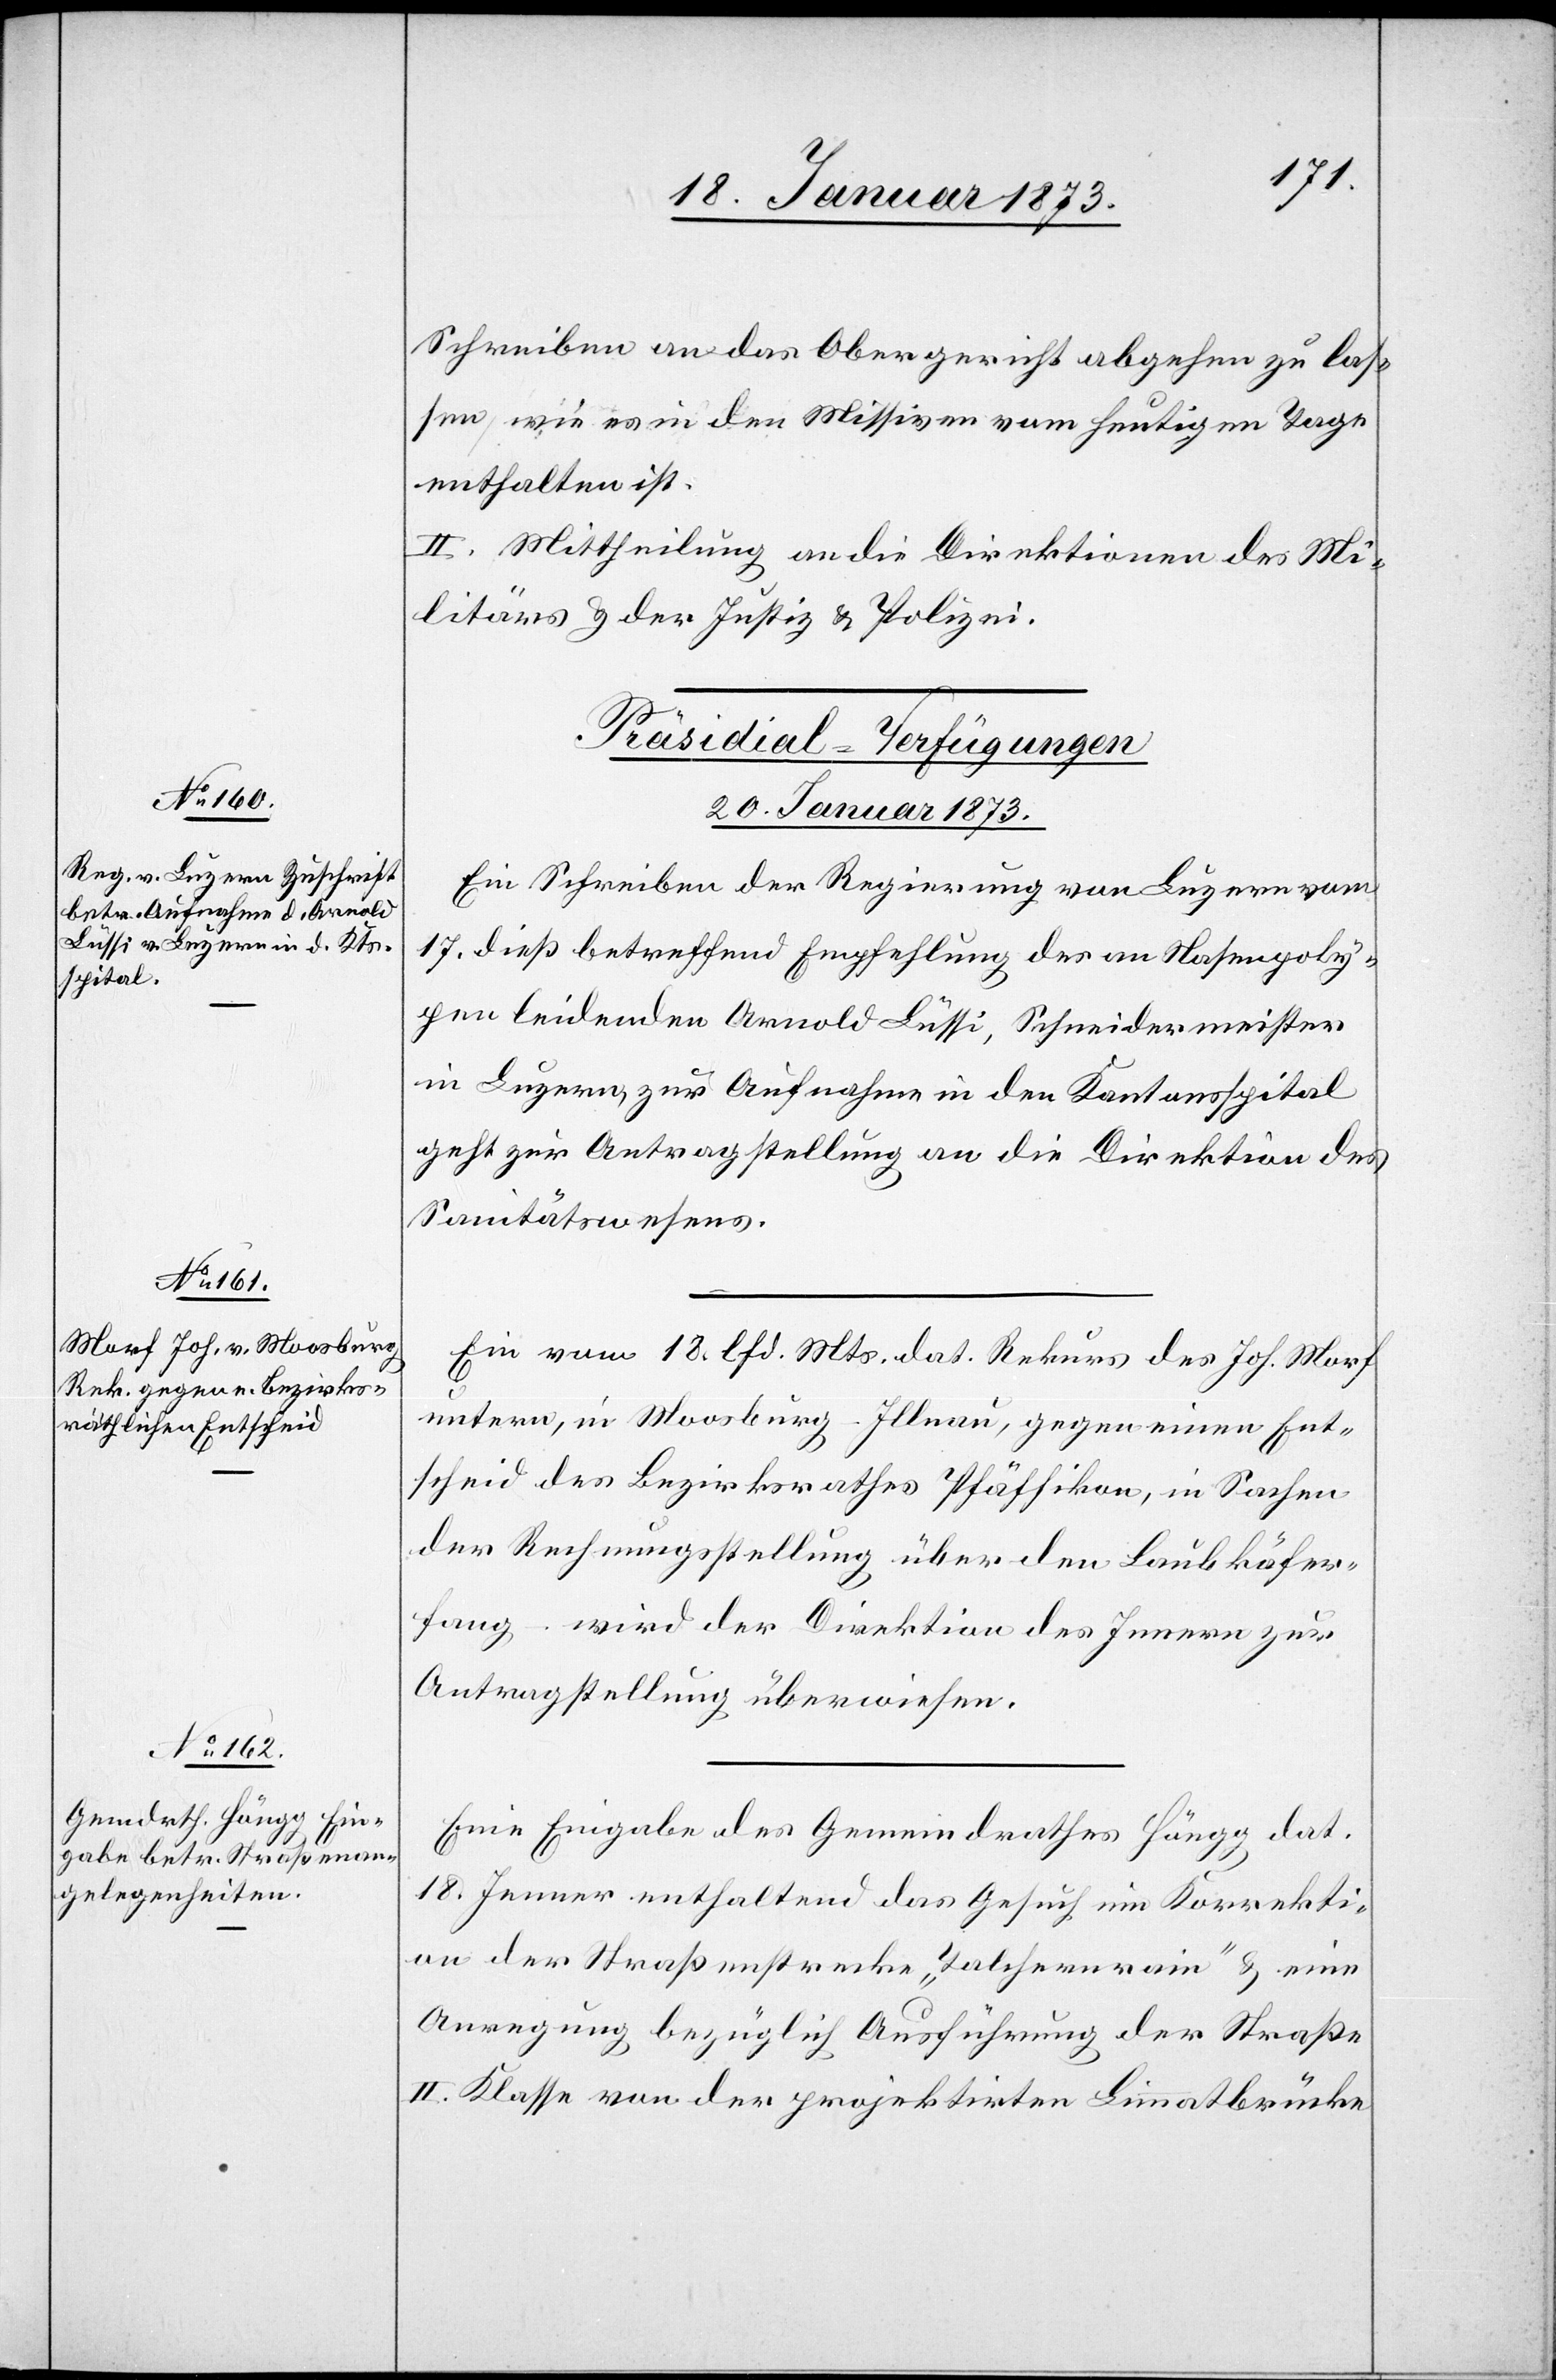
Schreiben an das Obergericht abgehen zu las¬
sen, wie es in den Missiven vom heutigen Tage
enthalten ist.
II. Mittheilung an die Direktionen des Mi¬
litärs u. der Justiz u. Polizei.
[Präsidial-Verfügungen.
20. Januar 1873.]
Ein Schreiben der Regierung von Luzern vom
17. dieß betreffend Empfehlung des an Nasenpoly¬
pen leidenden Arnold Lüssi, Schneidermeister
in Luzern zur Aufnahme in den Kantonsspital
geht zur Antragstellung an die Direktion des
Sanitätswesens.
Ein vom 18. lfd. Mts. dat. Rekurs des Joh. Morf
untere [sic!], in Moosburg-Illnau, gegen einen Ent¬
scheid des Bezirksrathes Pfäffikon, in Sachen
der Rechnungsstellung über den Laubkäfer¬
fang – wird der Direktion des Innern zur
Antragstellung überwiesen.
Eine Eingabe des Gemeindrathes Höngg dat.
18. Jenner enthaltend das Gesuch um Korrekti¬
on der Straßenstrecke „Talchernrain“ u. eine
Anregung bezüglich Ausführung der Straße
II. Klasse von der projektirten Limmatbrücke